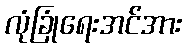
လုံခြုံရေးအင်အား